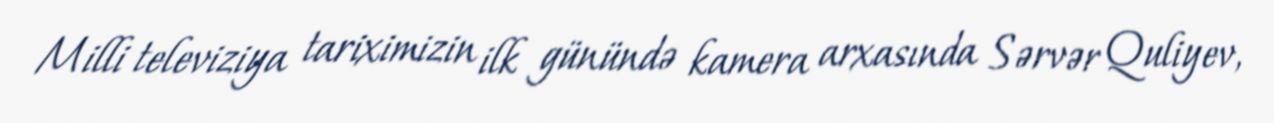
Milli televiziya tariximizin ilk günündə kamera arxasında Sərvər Quliyev,